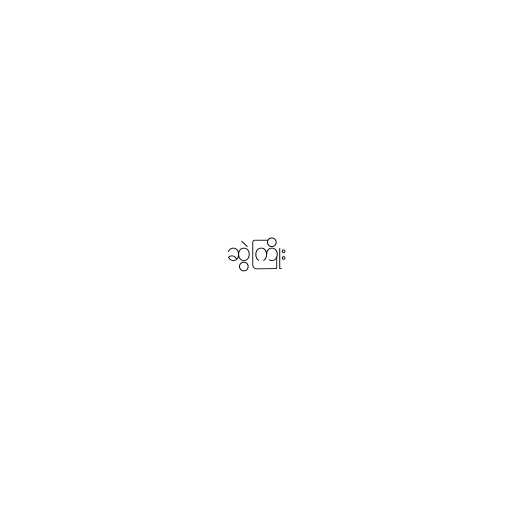
ဆွဲကြိုး